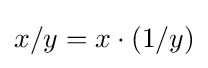
x/y=x\cdot (1/y)